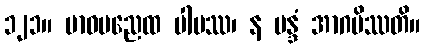
၁၂၁။ မာဝမညေထ ပါပဿ၊ န မန္ဒံ အာဂမိဿတိ။